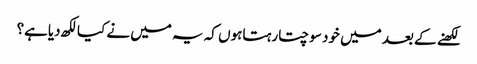
لکھنے کے بعد میں خود سوچتارہتاہوں کہ یہ میں نے کیالکھ دیاہے؟